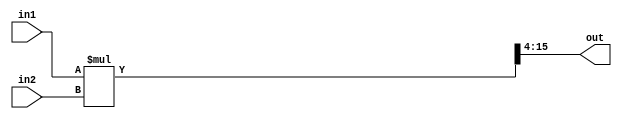
// function: multiplication of unsigned 12 bit fixed point, output is also 12 bit fixed point
// the higher 8 bits represent the integer part, the lower 4 bits represent the decimal part
// ex: 00000011_1000 = 3.5
module FP12_MULT (
    input  [11:0] in1, 
    input  [11:0] in2,
    output [11:0] out
);

// =========== parameter ==============
parameter INT_LEN     = 8;
parameter N           = 12;
parameter FIXED_POINT = (N - INT_LEN) * 2;
// =========== wire and reg ===========
wire  [23:0] out_tmp; 
wire   [7:0] out_int;
wire   [3:0] out_dec;
// =========== assignments ============
assign out_tmp = in1 * in2;
assign out = {out_int, out_dec};
assign out_int = out_tmp[FIXED_POINT+7: FIXED_POINT];
assign out_dec = out_tmp[FIXED_POINT-1 -: 4];

endmodule












// // IN1_POINT, IN2_POINT, OUT_POINT define the starting bit of exponent
// // ex: if POINT = 8, then exponent: [11:8], mantissa: [7:0]
// // no sign bit for fp12 since every component is positive

// module FP12_MULT #(
//     parameter IN1_POINT = 8,
//     parameter IN2_POINT = 8,
//     parameter OUT_POINT = 8,
//     parameter IN1_BIAS  = 7,
//     parameter IN2_BIAS  = 7,
//     parameter OUT_BIAS  = 7
// )(
//     input  [11:0] in1, 
//     input  [11:0] in2, 
//     output [11:0] out
// );

// // ======== parameter =========
// parameter N = 12;

// // ======== wire and reg ======
// wire [N-IN1_POINT-1: 0] in1_exp_biased;
// wire [N-IN2_POINT-1: 0] in2_exp_biased;
// wire [N-OUT_POINT-1: 0] out_exp_biased;

// wire [N-IN1_POINT-1: 0] in1_exponent;
// wire [N-IN2_POINT-1: 0] in2_exponent;
// reg  [N-OUT_POINT-1: 0] out_exponent;
// wire [N-OUT_POINT-1: 0] out_exponent_unshifted;

// wire [IN1_POINT-1: 0] in1_mantissa;
// wire [IN2_POINT-1: 0] in2_mantissa;
// reg  [OUT_POINT-1: 0] out_mantissa;
// wire [(IN1_POINT+1)+(IN2_POINT+1)-1:0] out_mantissa_unshifted;

// wire [IN1_POINT: 0] in1_mantissa_pad1;
// wire [IN2_POINT: 0] in2_mantissa_pad1;

// // ======== assignment ========
// assign in1_exp_biased = in1[N-1: IN1_POINT];
// assign in2_exp_biased = in2[N-1: IN1_POINT];
// // handle the bias of the exponents
// assign in1_exponent = in1_exp_biased - IN1_BIAS;
// assign in2_exponent = in2_exp_biased - IN2_BIAS;
// assign out_exp_biased = out_exponent + OUT_BIAS;

// assign in1_mantissa = in1[IN1_POINT-1: 0];
// assign in2_mantissa = in2[IN2_POINT-1: 0];
// // pad the 1 for the mantissas
// assign in1_mantissa_pad1 = {1'b1, in1_mantissa};
// assign in2_mantissa_pad1 = {1'b1, in2_mantissa};

// assign out = {out_exp_biased, out_mantissa};
// // add exponents of in1 and in2
// assign out_exponent_unshifted = in1_exponent + in2_exponent;
// // multiply mantissas of in1 and in2
// assign out_mantissa_unshifted = in1_mantissa_pad1 * in2_mantissa_pad1;

// // ========== Combinational =============
// always @(*) begin
//     // if carry, shift it
//     if (out_mantissa_unshifted[(IN1_POINT+1)+(IN2_POINT+1)-1] == 1'b1) begin
//         out_exponent = out_exponent_unshifted + 1;
//         out_mantissa = out_mantissa_unshifted[IN1_POINT+IN2_POINT -: OUT_POINT];
//     end
//     else begin
//         out_exponent = out_exponent_unshifted;
//         out_mantissa = out_mantissa_unshifted[IN1_POINT+IN2_POINT-1 -: OUT_POINT];
//     end
// end

// endmodule